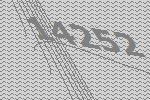
14252